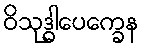
ဝိသုဒ္ဓါပေက္ခေန